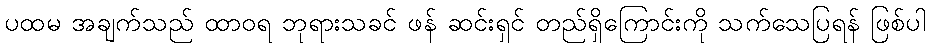
ပထမ အချက်သည် ထာဝရ ဘုရားသခင် ဖန် ဆင်းရှင် တည်ရှိကြောင်းကို သက်သေပြရန် ဖြစ်ပါ